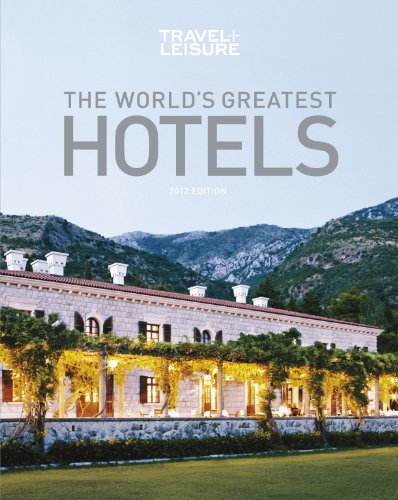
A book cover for TRAVEL + LEISURE: The World's Greatest Hotels 2012 Edition (Travel + Leisure's World's Greatest Hotels, Resorts + Spas); TRAVEL + LEISURE; Travel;